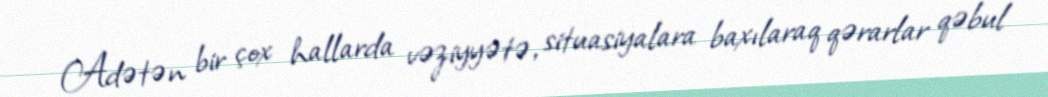
Adətən bir çox hallarda vəziyyətə, situasiyalara baxılaraq qərarlar qəbul